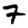
Digit: 7